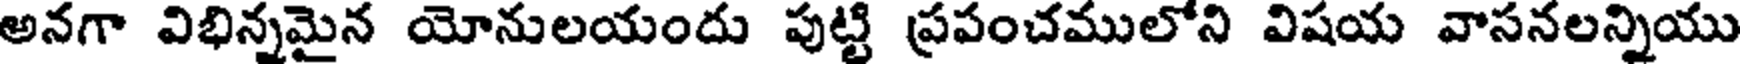
అనగా విభిన్నమైన యోనులయందు పుట్టి ప్రపంచములోని విషయ వాసనలన్నియు